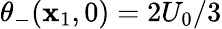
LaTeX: \theta_{-}(\mathbf{x}_{1},0)=2U_{0}/3